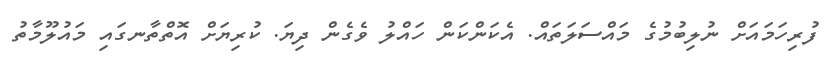
ފުރިހަމައަށް ނުލިބުމުގެ މައްސަލަތައް. އެކަންކަން ހައްލު ވެގެން ދިޔަ. ކުރިޔަށް އޮތްތާނގައި މައުލޫމާތު